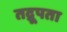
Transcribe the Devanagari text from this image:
तद्रूपता